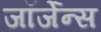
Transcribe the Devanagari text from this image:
जॉर्जेन्स